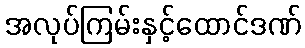
အလုပ်ကြမ်းနှင့်ထောင်ဒဏ်